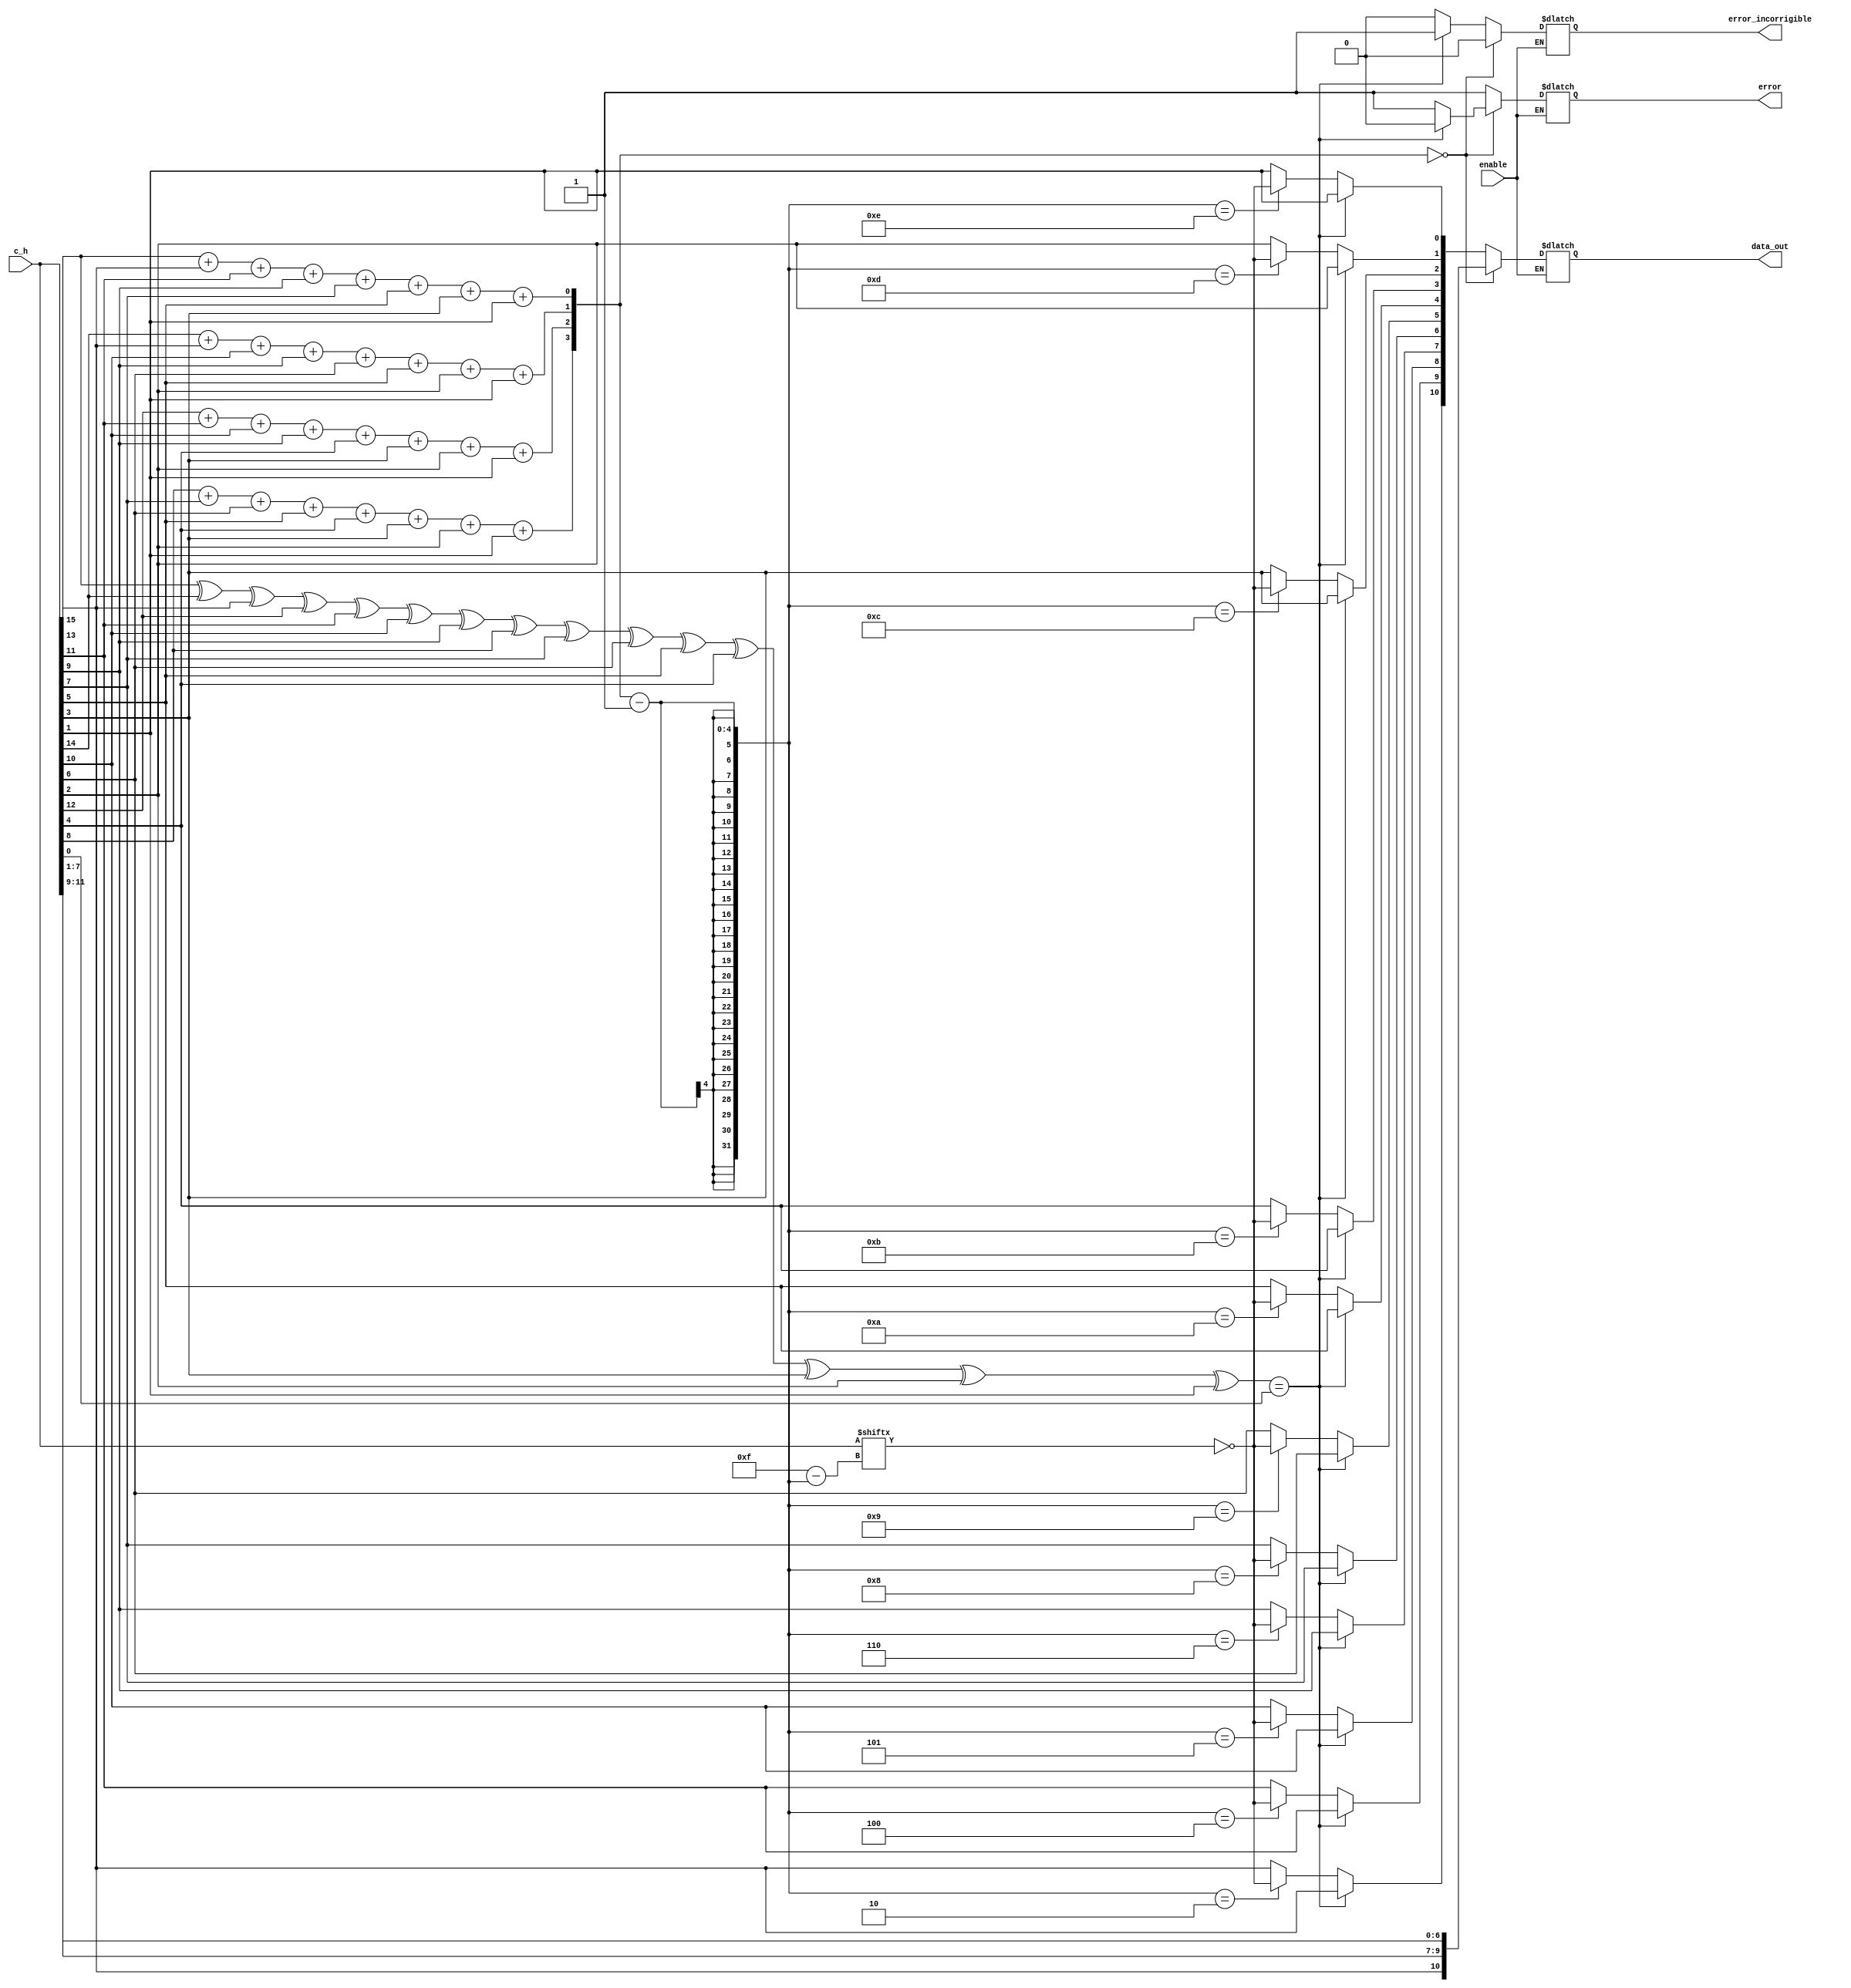


module decoder_hamming(
    input wire [0:15] c_h,
    output reg [0:10] data_out,
	input wire enable,
    output reg error,
    output reg error_incorrigible
	);

  reg [3:0] error_index; // index do bit errado
  reg [0:15]data_aux;
  reg bit_parity; // bit de paridade
  
  always @(*) begin
    if(enable == 1'b1) begin
      
      error_index[0] = c_h[0] + c_h[2] + c_h[4] + c_h[6] + c_h[8] + c_h[10] + c_h[12] + c_h[14];  
      error_index[1] = c_h[1] + c_h[2] + c_h[5] + c_h[6] + c_h[9] + c_h[10] + c_h[13] + c_h[14];
      error_index[2] = c_h[3] + c_h[4] + c_h[5] + c_h[6] + c_h[11] + c_h[12] + c_h[13] + c_h[14];
      error_index[3] = c_h[7] + c_h[8] + c_h[9] + c_h[10] + c_h[11] + c_h[12] + c_h[13] + c_h[14];
      
      bit_parity =  c_h[0] ^ c_h[1] ^ c_h[2] ^ c_h[3] ^ c_h[4] ^ c_h[5] ^ c_h[6] ^ c_h[7] ^ c_h[8] ^ c_h[9] ^ c_h[10] ^ c_h[11] ^ c_h[12] ^ c_h[13] ^ c_h[14]; 
    
      if(error_index == 4'b0000)begin 
         
        if(bit_parity == c_h[15])begin
        	
          	error = 0;
            error_incorrigible = 0;
          
        	data_out[0] = c_h[2];
        	data_out[1] = c_h[4];
        	data_out[2] = c_h[5];
        	data_out[3] = c_h[6];
        	data_out[4] = c_h[8];
        	data_out[5] = c_h[9];
        	data_out[6] = c_h[10];
        	data_out[7] = c_h[11];
        	data_out[8] = c_h[12];
        	data_out[9] = c_h[13];
        	data_out[10] = c_h[14];
        end else begin 
         
          	error = 1;
            error_incorrigible = 0;
          
            data_out[0] = c_h[2];
        	data_out[1] = c_h[4];
        	data_out[2] = c_h[5];
        	data_out[3] = c_h[6];
        	data_out[4] = c_h[8];
        	data_out[5] = c_h[9];
        	data_out[6] = c_h[10];
        	data_out[7] = c_h[11];
        	data_out[8] = c_h[12];
        	data_out[9] = c_h[13];
        	data_out[10] = c_h[14];
        end
        
      end else begin 
        
        if(bit_parity == c_h[15])begin
        
        	error = 1;
            error_incorrigible = 1;
          
          	data_out[0] = c_h[2];
        	data_out[1] = c_h[4];
        	data_out[2] = c_h[5];
        	data_out[3] = c_h[6];
        	data_out[4] = c_h[8];
        	data_out[5] = c_h[9];
        	data_out[6] = c_h[10];
        	data_out[7] = c_h[11];
        	data_out[8] = c_h[12];
        	data_out[9] = c_h[13];
        	data_out[10] = c_h[14];
          
        end else begin
         
          	error = 1;
            error_incorrigible = 0;
          
          	data_aux = c_h;
         
            data_aux[(error_index - 1)] = !data_aux[(error_index - 1)]; 
        
        	data_out[0] = data_aux[2];
        	data_out[1] = data_aux[4];
        	data_out[2] = data_aux[5];
        	data_out[3] = data_aux[6];
        	data_out[4] = data_aux[8];
        	data_out[5] = data_aux[9];
        	data_out[6] = data_aux[10];
        	data_out[7] = data_aux[11];
        	data_out[8] = data_aux[12];
        	data_out[9] = data_aux[13];
        	data_out[10] = data_aux[14];
         
        end // else2
        
      end // else1
    end
  
  end// always

endmodule